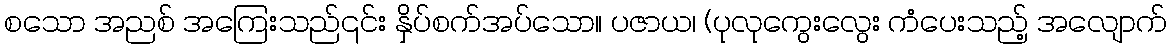
စသော အညစ် အကြေးသည်၎င်း နှိပ်စက်အပ်သော။ ပဇာယ၊ (ပုလုကွေးလွေး ကံပေးသည့် အလျောက်